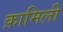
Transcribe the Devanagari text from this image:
क़ामिली